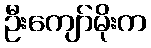
ဦးကျော်မိုးက